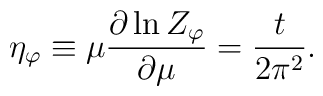
\eta_\varphi\equiv\mu\frac{\partial\ln Z_\varphi}{\partial\mu}=\frac{t}{2\pi^2}.